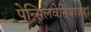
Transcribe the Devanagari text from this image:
पेन्सिलवेनियाजहां